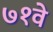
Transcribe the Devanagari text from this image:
७१वे